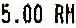
5.00 RM